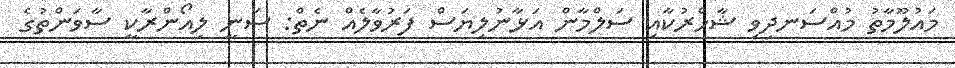
މައުލޫމާތު މުއްސަނދިވި ޝާހްރުކާއި ސަލްމާން އަޅާނުލިޔަސް ފަރުވާލެއް ނެތް: ސަނީ ލިއޯންރާކީ ސާވަންތުގެ